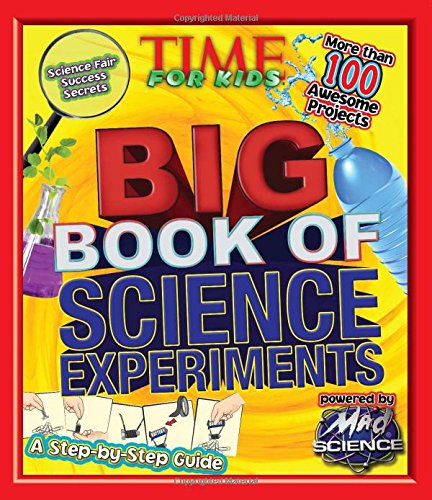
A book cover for TIME For Kids Big Book of Science Experiments: A step-by-step guide; Editors of TIME For Kids Magazine; Science & Math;